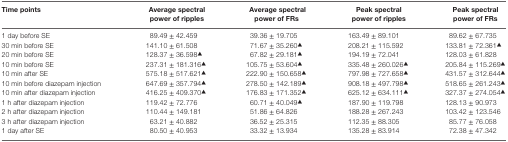
<table><thead><tr><td><b>Time points</b></td><td><b>Average spectral power of ripples</b></td><td><b>Average spectral power of FRs</b></td><td><b>Peak spectral power of ripples</b></td><td><b>Peak spectral power of FRs</b></td></tr></thead><tbody><tr><td>1 day before SE</td><td>89.49 ± 42.459</td><td>39.36 ± 19.705</td><td>163.49 ± 89.101</td><td>89.62 ± 67.735</td></tr><tr><td>30 min before SE</td><td>141.10 ± 61.508</td><td>71.67 ± 35.260<sup>▲</sup></td><td>208.21 ± 115.592</td><td>133.81 ± 72.361<sup>▲</sup></td></tr><tr><td>20 min before SE</td><td>128.37 ± 36.598<sup>▲</sup></td><td>67.82 ± 29.181<sup>▲</sup></td><td>194.19 ± 72.041</td><td>128.03 ± 61.828</td></tr><tr><td>10 min before SE</td><td>237.31 ± 181.316<sup>▲</sup></td><td>105.75 ± 53.604<sup>▲</sup></td><td>335.48 ± 260.026<sup>▲</sup></td><td>205.84 ± 115.269<sup>▲</sup></td></tr><tr><td>10 min after SE</td><td>575.18 ± 517.621<sup>▲</sup></td><td>222.90 ± 150.658<sup>▲</sup></td><td>797.98 ± 727.658<sup>▲</sup></td><td>431.57 ± 312.644<sup>▲</sup></td></tr><tr><td>10 min before diazepam injection</td><td>647.69 ± 357.794<sup>▲</sup></td><td>278.50 ± 142.189<sup>▲</sup></td><td>908.18 ± 497.798<sup>▲</sup></td><td>518.65 ± 261.243<sup>▲</sup></td></tr><tr><td>10 min after diazepam injection</td><td>416.25 ± 409.370<sup>▲</sup></td><td>176.83 ± 171.352<sup>▲</sup></td><td>625.12 ± 634.111<sup>▲</sup></td><td>327.37 ± 274.054<sup>▲</sup></td></tr><tr><td>1 h after diazepam injection</td><td>119.42 ± 72.776</td><td>60.71 ± 40.049<sup>▲</sup></td><td>187.90 ± 119.798</td><td>128.13 ± 90.973</td></tr><tr><td>2 h after diazepam injection</td><td>110.44 ± 149.181</td><td>51.86 ± 64.826</td><td>188.28 ± 267.243</td><td>103.42 ± 123.546</td></tr><tr><td>3 h after diazepam injection</td><td>63.21 ± 40.882</td><td>36.52 ± 25.315</td><td>112.35 ± 88.305</td><td>85.77 ± 76.058</td></tr><tr><td>1 day after SE</td><td>80.50 ± 40.953</td><td>33.32 ± 13.934</td><td>135.28 ± 83.914</td><td>72.38 ± 47.342</td></tr></tbody></table>